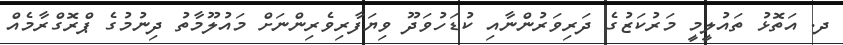
ދ. އަތޮޅު ތައުލީމީ މަރުކަޒުގެ ދަރިވަރުންނާއި ކުޑަހުވަދޫ ވިޔަފާރިވެރިންނަށް މައުލޫމާތު ދިނުމުގެ ޕްރޮގްރާމެއް